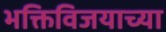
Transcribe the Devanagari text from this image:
भक्तिविजयाच्या